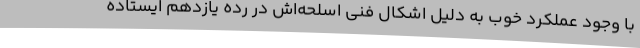
با وجود عملکرد خوب به دلیل اشکال فنی اسلحه‌اش در رده یازدهم ایستاده